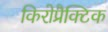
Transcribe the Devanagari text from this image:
किरोप्रैक्टिक